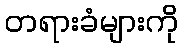
တရားခံများကို